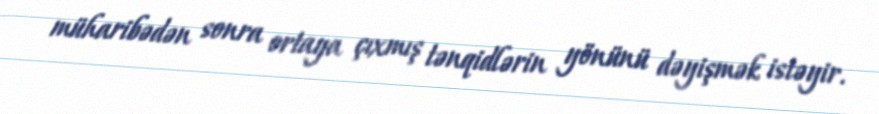
müharibədən sonra ortaya çıxmış tənqidlərin yönünü dəyişmək istəyir.